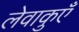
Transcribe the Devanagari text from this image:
लेवाकुएँ